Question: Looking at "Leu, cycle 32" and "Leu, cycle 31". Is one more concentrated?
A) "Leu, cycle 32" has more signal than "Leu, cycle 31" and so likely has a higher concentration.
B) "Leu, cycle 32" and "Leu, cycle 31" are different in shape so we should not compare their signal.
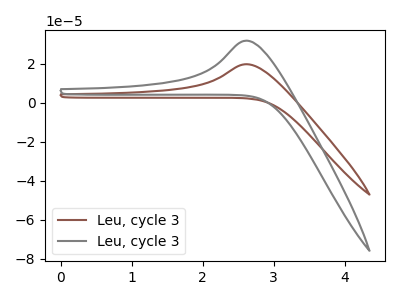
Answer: <think>The brown curve "Leu, cycle 31" has an anodic peak at: (2.60V, 19.70uA). The gray curve "Leu, cycle 32" has an anodic peak at: (2.60V, 31.75uA).
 All the peaks in "Leu, cycle 32" have a peak in "Leu, cycle 31" at the same potential. Every peak in "Leu, cycle 32" is higher than every peak in "Leu, cycle 31".</think>
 <answer>A) "Leu, cycle 32" has more signal than "Leu, cycle 31" and so likely has a higher concentration.</answer>
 <eval>A</eval>